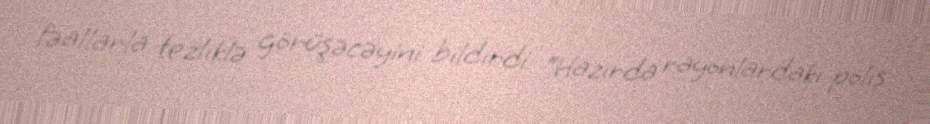
fəallarla tezliklə görüşəcəyini bildirdi: “Hazırda rayonlardakı polis